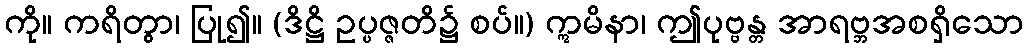
ကို။ ကရိတွာ၊ ပြု၍။ (ဒိဋ္ဌိ ဥပ္ပဇ္ဇတိ၌ စပ်။) ဣမိနာ၊ ဤပုဗ္ဗန္တ အာရဗ္ဘအစရှိသော